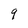
Character: 9